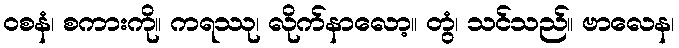
ဝစနံ၊ စကားကို။ ကရဿု၊ လိုက်နာလော့။ တွံ၊ သင်သည်။ ဗာလေန၊